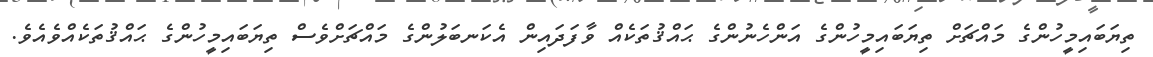
ތިޔަބައިމީހުންގެ މައްޗަށް ތިޔަބައިމީހުންގެ އަންހެނުންގެ ޙައްޤުތަކެއް ވާފަދައިން އެކަނބަލުންގެ މައްޗަށްވެސް ތިޔަބައިމީހުންގެ ޙައްޤުތަކެއްވެއެވެ.